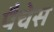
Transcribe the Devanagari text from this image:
पैचेस